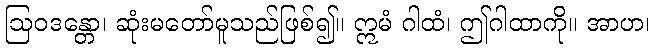
ဩဝဒန္တော၊ ဆုံးမတော်မူသည်ဖြစ်၍။ ဣမံ ဂါထံ၊ ဤဂါထာကို။ အာဟ၊